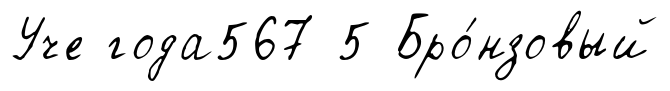
Уче года567 5 Бро́нзовый